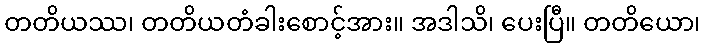
တတိယဿ၊ တတိယတံခါးစောင့်အား။ အဒါသိ၊ ပေးပြီ။ တတိယော၊